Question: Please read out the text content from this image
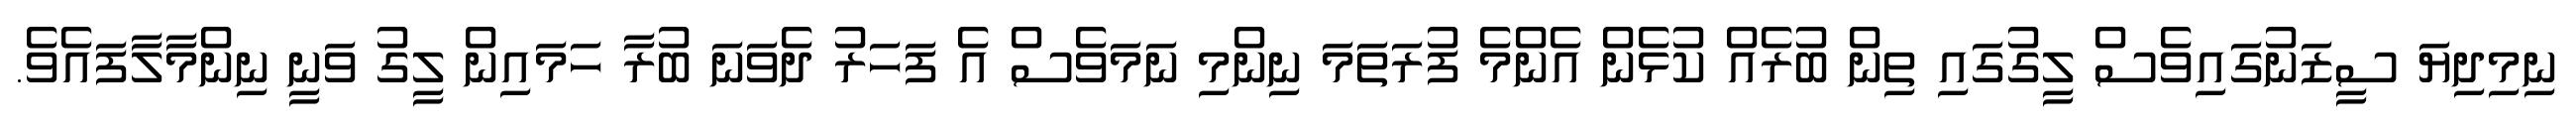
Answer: ނިމިދިޔަ ސީޒަނުގައިވެސް ލީގުގައި ތިން ބުރެއް ކުޅެން އެންމެ ފުރަތަމަ ނިންމި ނަމަވެސް އެ ފަހަރު ދެވަނަ ބުރާ ހަމައިން ލީގު ވަނީ ނިންމާލާފައެވެ.